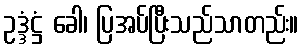
ဥဒ္ဒံဋ္ဌံ ခေါ၊ ပြအပ်ပြီးသည်သာတည်း။